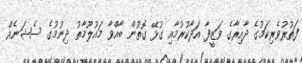
ފަތުރުވެރިކަމުގެ ދާއިރާގެ ވަޒީފާ އަދާކުރުމާއި ގުޅޭ ގޮތުން ބާއްވާ މައުލޫމާތު ދިނުމުގެ ސެޝަނެއް